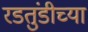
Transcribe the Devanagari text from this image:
रडतुंडीच्या